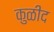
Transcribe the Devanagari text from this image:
कुळीद